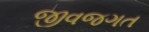
જીવજગત